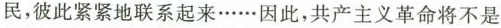
民，彼此紧紧地联系起来……因此，共产主义革命将不是